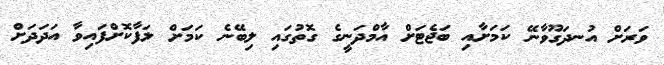
ވަރަށް އުނދަގޫވާނޭ ކަމަށާއި ބަޖެޓަށް އާމްދަނީގެ ގޮތުގައި ލިބޭނެ ކަމަށް ލަފާކޮށްފައިވާ އަދަދަށް